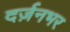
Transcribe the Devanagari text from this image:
दर्ज़नभर